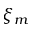
\xi _ { m }